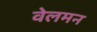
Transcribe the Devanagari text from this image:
वेलमन